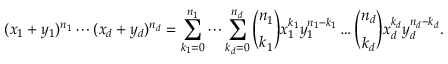
( x _ { 1 } + y _ { 1 } ) ^ { n _ { 1 } } \dotsm ( x _ { d } + y _ { d } ) ^ { n _ { d } } = \sum _ { k _ { 1 } = 0 } ^ { n _ { 1 } } \dotsm \sum _ { k _ { d } = 0 } ^ { n _ { d } } { \binom { n _ { 1 } } { k _ { 1 } } } x _ { 1 } ^ { k _ { 1 } } y _ { 1 } ^ { n _ { 1 } - k _ { 1 } } \dotsc { \binom { n _ { d } } { k _ { d } } } x _ { d } ^ { k _ { d } } y _ { d } ^ { n _ { d } - k _ { d } } .